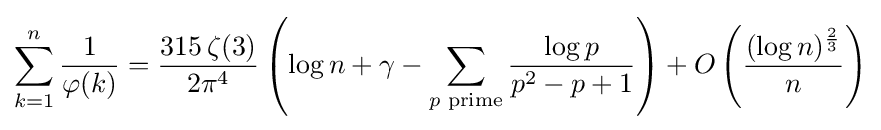
\sum _{k=1}^{n}{\frac {1}{\varphi (k)}}={\frac {315\,\zeta (3)}{2\pi ^{4}}}\left(\log n+\gamma -\sum _{p{\text{ prime}}}{\frac {\log p}{p^{2}-p+1}}\right)+O\left({\frac {(\log n)^{\frac {2}{3}}}{n}}\right)